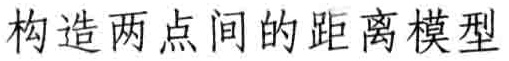
构造两点间的距离模型